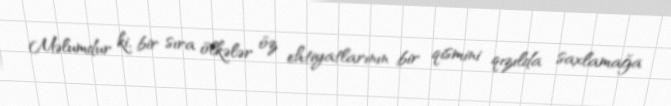
Məlumdur ki, bir sıra ölkələr öz ehtiyatlarının bir qismini qızılda saxlamağa